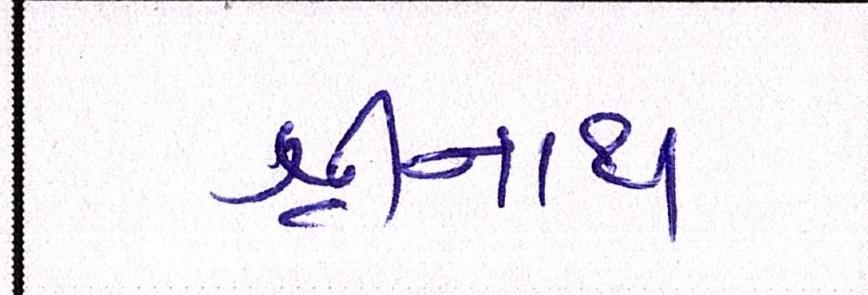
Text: શ્રીનાથ